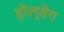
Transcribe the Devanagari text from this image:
होल्वेग